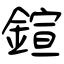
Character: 鍹